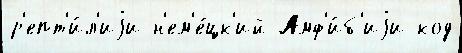
р'епт'и́л'иjи н'ем'е́цк'ий Амф'и́б'иjи код